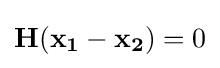
\mathbf {H} (\mathbf {x_{1}} -\mathbf {x_{2}} )=0